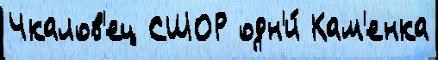
Чкалов'ец СШОР одн'и́ Кам'енка